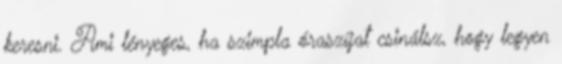
keresni. Ami lényeges, ha szimpla óraszíjat csinálsz, hogy legyen